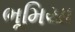
ભૂમિયા